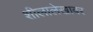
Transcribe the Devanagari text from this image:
शीलालेखावर